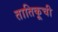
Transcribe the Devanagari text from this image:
तातिकूची